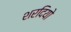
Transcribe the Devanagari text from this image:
शरदियो